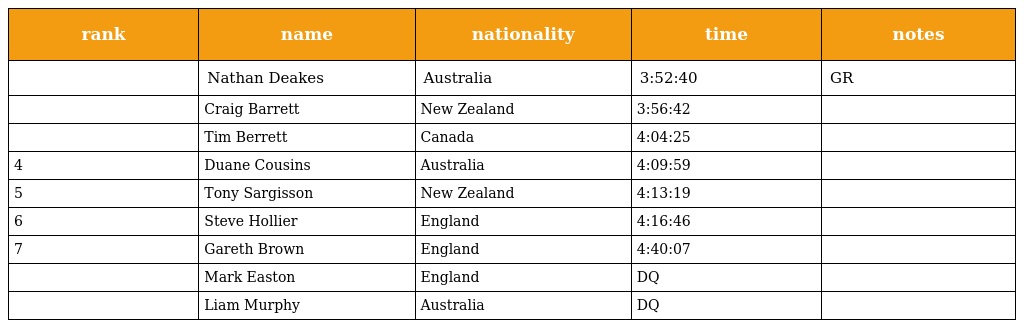
| rank | name | nationality | time | notes |
 | --- | --- | --- | --- | --- |
 |  | Nathan Deakes | Australia | 3:52:40 | GR |
 |  | Craig Barrett | New Zealand | 3:56:42 |  |
 |  | Tim Berrett | Canada | 4:04:25 |  |
 | 4 | Duane Cousins | Australia | 4:09:59 |  |
 | 5 | Tony Sargisson | New Zealand | 4:13:19 |  |
 | 6 | Steve Hollier | England | 4:16:46 |  |
 | 7 | Gareth Brown | England | 4:40:07 |  |
 |  | Mark Easton | England | DQ |  |
 |  | Liam Murphy | Australia | DQ |  |